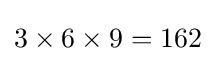
3\times 6\times 9=162